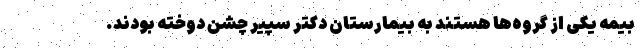
بیمه یکی از گروه‌ها هستند به بیمارستان دکتر سپیر چشن دوخته بودند.